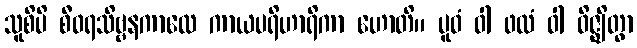
သူစိပိ စီဝရသိဗ္ဗနကာလေ ကာယပရိဟာရိကာ ဟောတိ။ ပူဝံ ဝါ ဖလံ ဝါ ဝိဇ္ဈိတွာ